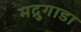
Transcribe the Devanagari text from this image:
मद्रुगाडा